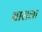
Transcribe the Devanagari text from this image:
बाराला